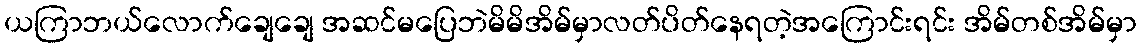
ယကြာဘယ်လောက်ချေချေ အဆင်မပြေဘဲမိမိအိမ်မှာလတ်ပိတ်နေရတဲ့အကြောင်းရင်း အိမ်တစ်အိမ်မှာ